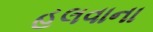
હલવાના